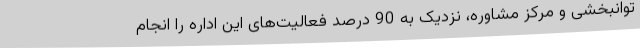
توانبخشی و مرکز مشاوره، نزدیک به 90 درصد فعالیت‌های این اداره را انجام